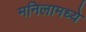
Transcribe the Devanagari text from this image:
मनिलामध्ये